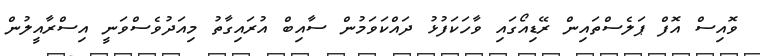
ވޮއިސް އޮފް ޕަލެސްތައިން ރޭޑިއޯގައި ވާހަކަފުޅު ދައްކަވަމުން ސާއިބް އުރައިގާތު މިއަދުވެސްވަނީ އިސްރާއީލުން